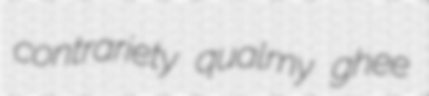
contrariety qualmy ghee